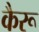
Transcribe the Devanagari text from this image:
कैरू